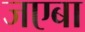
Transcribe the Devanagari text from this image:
जएबा